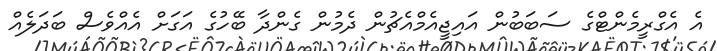
އެ އެގްރީމެންޓްގެ ސަބަބުން އައިޖީއެމްއެޗުން ދެމުން ގެންދާ ބޭހުގެ އަގަށް އެއްވެސް ބަދަލެއް